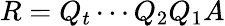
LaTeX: R=Q_{t}\cdots Q_{2}Q_{1}A